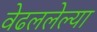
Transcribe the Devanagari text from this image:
वेढललेल्या